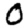
Digit: 0